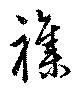
雑